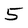
Character: 5